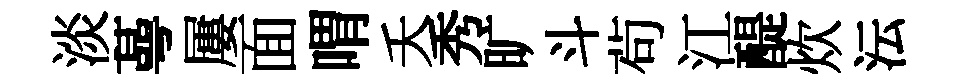
淡蕚屢面喟夭秀旷斗茍江醍炊沄